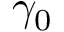
\gamma _ { 0 }